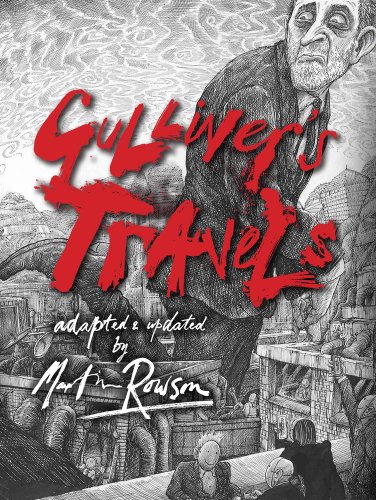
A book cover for Gulliver's Travels; Martin Rowson; Literature & Fiction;